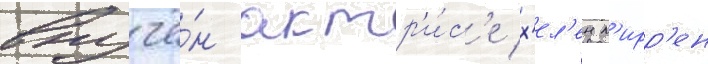
вручё́н актр'и́с'е х'ел'ен м'ирр'ен